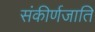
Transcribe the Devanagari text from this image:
संकीर्णजाति